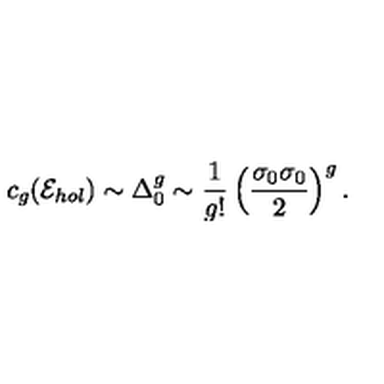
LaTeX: c _ { g } ( { \cal E } _ { h o l } ) \sim \Delta _ { 0 } ^ { g } \sim { \frac { 1 } { g ! } } \left( { \frac { \sigma _ { 0 } \sigma _ { 0 } } { 2 } } \right) ^ { g } .